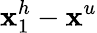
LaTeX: \mathbf{x}_{1}^{h}-\mathbf{x}^{u}